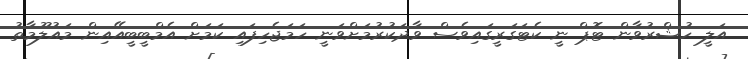
އަލީ ހުޝްރުވާން ޓޮޕް ނީ ކެޓަގަރީގައިވެސް ވާދަކުރުމަށްވަނީ ހަމަޖެހިފައި ކަމަށް އެމްބީބީއޭއިން މައުލޫމާތު